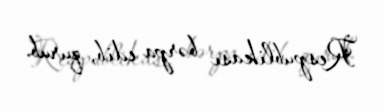
Respublikası bərpa edib, qurub.